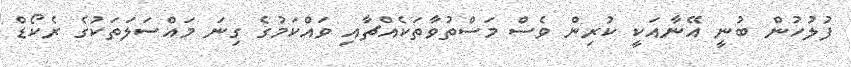
ފުލުހުން ބުނީ އޭނާއަކީ ކުރިން ވެސް މަސްތުވާތަކެއްޗާއި ވައްކަމުގެ ގިނަ މައްސަލަތަކުގެ ރެކޯޑް